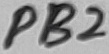
Text: PB2